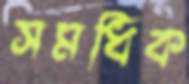
সমধিক